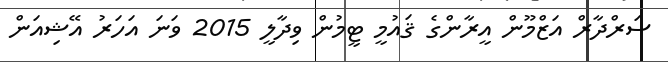
ސަރްދާރް އަޒްމޫން އީރާންގެ ޤައުމީ ޓީމުން ވިދާލީ 2015 ވަނަ އަހަރު އޭޝިއަން